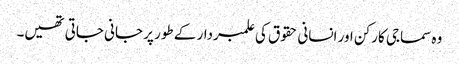
وہ سماجی کارکن اور انسانی حقوق کی علمبردار کے طور پر جانی جاتی تھیں۔